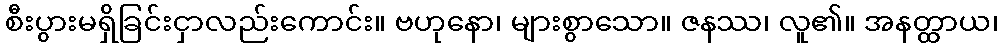
စီးပွားမရှိခြင်းငှာလည်းကောင်း။ ဗဟုနော၊ များစွာသော။ ဇနဿ၊ လူ၏။ အနတ္ထာယ၊